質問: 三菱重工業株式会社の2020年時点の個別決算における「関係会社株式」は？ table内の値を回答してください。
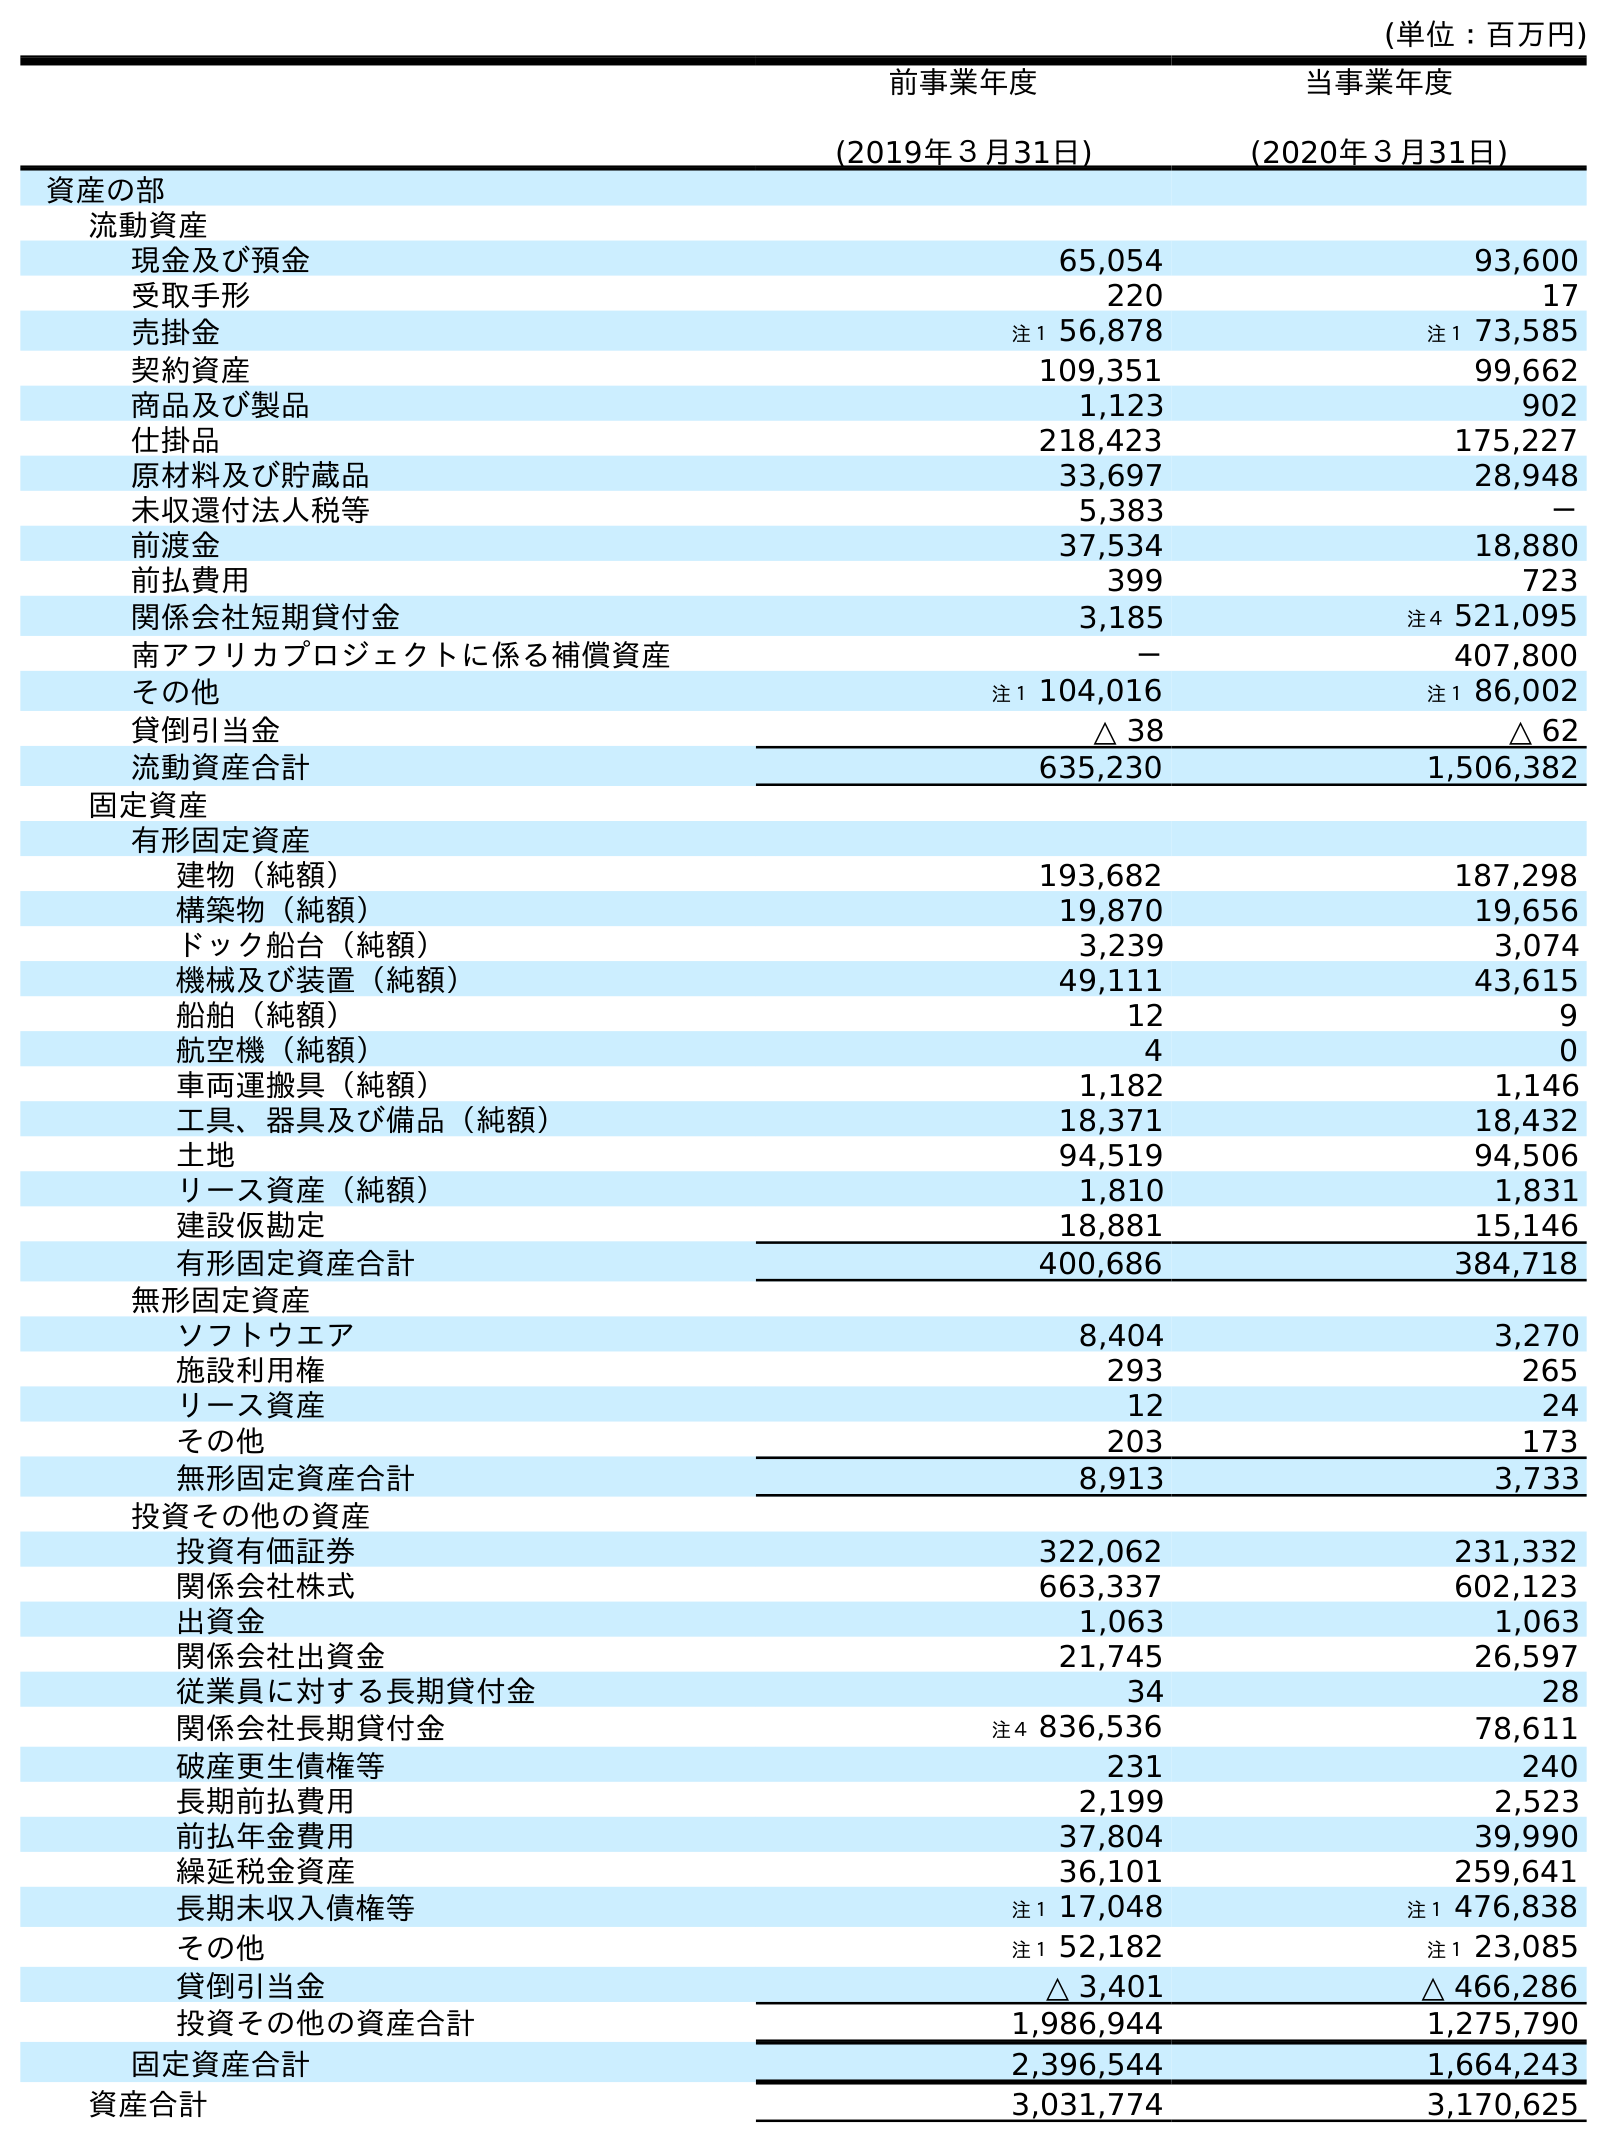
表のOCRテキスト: (単位：百万円) 前事業年度 (2019年３月31日) 当事業年度 (2020年３月31日) 資産の部 流動資産 現金及び預金 65,054 93,600 受取手形 220 17 売掛金 注１ 56,878 注１ 73,585 契約資産 109,351 99,662 商品及び製品 1,123 902 仕掛品 218,423 175,227 原材料及び貯蔵品 33,697 28,948 未収還付法人税等 5,383 － 前渡金 37,534 18,880 前払費用 399 723 関係会社短期貸付金 3,185 注４ 521,095 南アフリカプロジェクトに係る補償資産 － 407,800 その他 注１ 104,016 注１ 86,002 貸倒引当金 △ 38 △ 62 流動資産合計 635,230 1,506,382 固定資産 有形固定資産 建物（純額） 193,682 187,298 構築物（純額） 19,870 19,656 ドック船台（純額） 3,239 3,074 機械及び装置（純額） 49,111 43,615 船舶（純額） 12 9 航空機（純額） 4 0 車両運搬具（純額） 1,182 1,146 工具、器具及び備品（純額） 18,371 18,432 土地 94,519 94,506 リース資産（純額） 1,810 1,831 建設仮勘定 18,881 15,146 有形固定資産合計 400,686 384,718 無形固定資産 ソフトウエア 8,404 3,270 施設利用権 293 265 リース資産 12 24 その他 203 173 無形固定資産合計 8,913 3,733 投資その他の資産 投資有価証券 322,062 231,332 関係会社株式 663,337 602,123 出資金 1,063 1,063 関係会社出資金 21,745 26,597 従業員に対する長期貸付金 34 28 関係会社長期貸付金 注４ 836,536 78,611 破産更生債権等 231 240 長期前払費用 2,199 2,523 前払年金費用 37,804 39,990 繰延税金資産 36,101 259,641 長期未収入債権等 注１ 17,048 注１ 476,838 その他 注１ 52,182 注１ 23,085 貸倒引当金 △ 3,401 △ 466,286 投資その他の資産合計 1,986,944 1,275,790 固定資産合計 2,396,544 1,664,243 資産合計 3,031,774 3,170,625
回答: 602,123